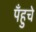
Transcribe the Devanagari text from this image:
पँहुचे